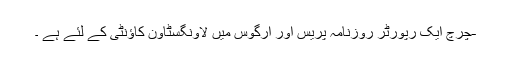
-چرچ ایک رپورٹر روزنامہ پریس اور ارگوس میں لاونگسٹاون کاؤنٹی کے لئے ہے ۔